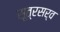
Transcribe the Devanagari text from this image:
सूत्रसर्व